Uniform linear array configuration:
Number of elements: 16
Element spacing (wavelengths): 0.25
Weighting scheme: binomial
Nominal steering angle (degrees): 15
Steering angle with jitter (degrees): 15.493
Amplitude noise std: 0.05
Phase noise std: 0.05

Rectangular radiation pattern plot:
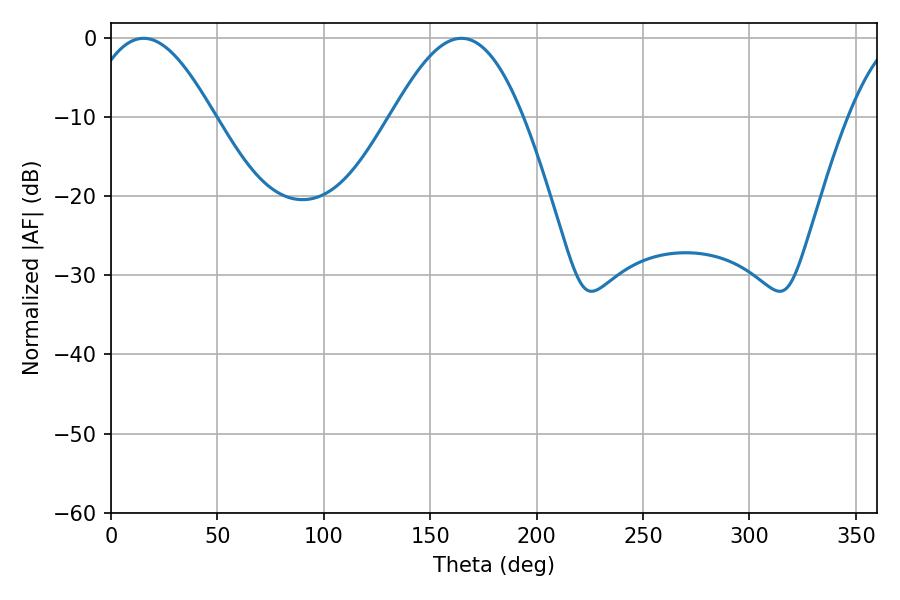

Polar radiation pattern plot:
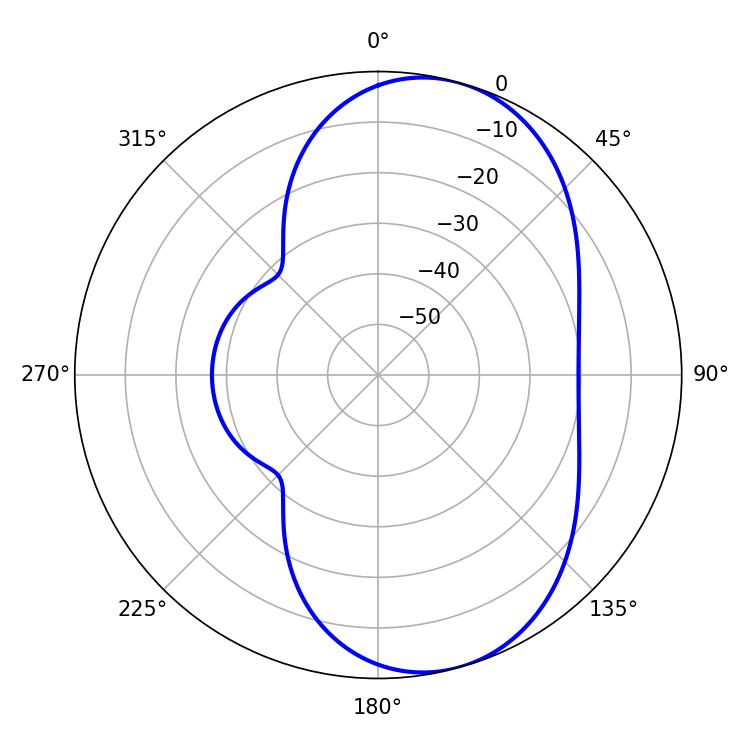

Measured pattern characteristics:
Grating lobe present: FALSE
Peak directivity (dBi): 7.382
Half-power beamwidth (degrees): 32.58
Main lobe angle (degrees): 15.3